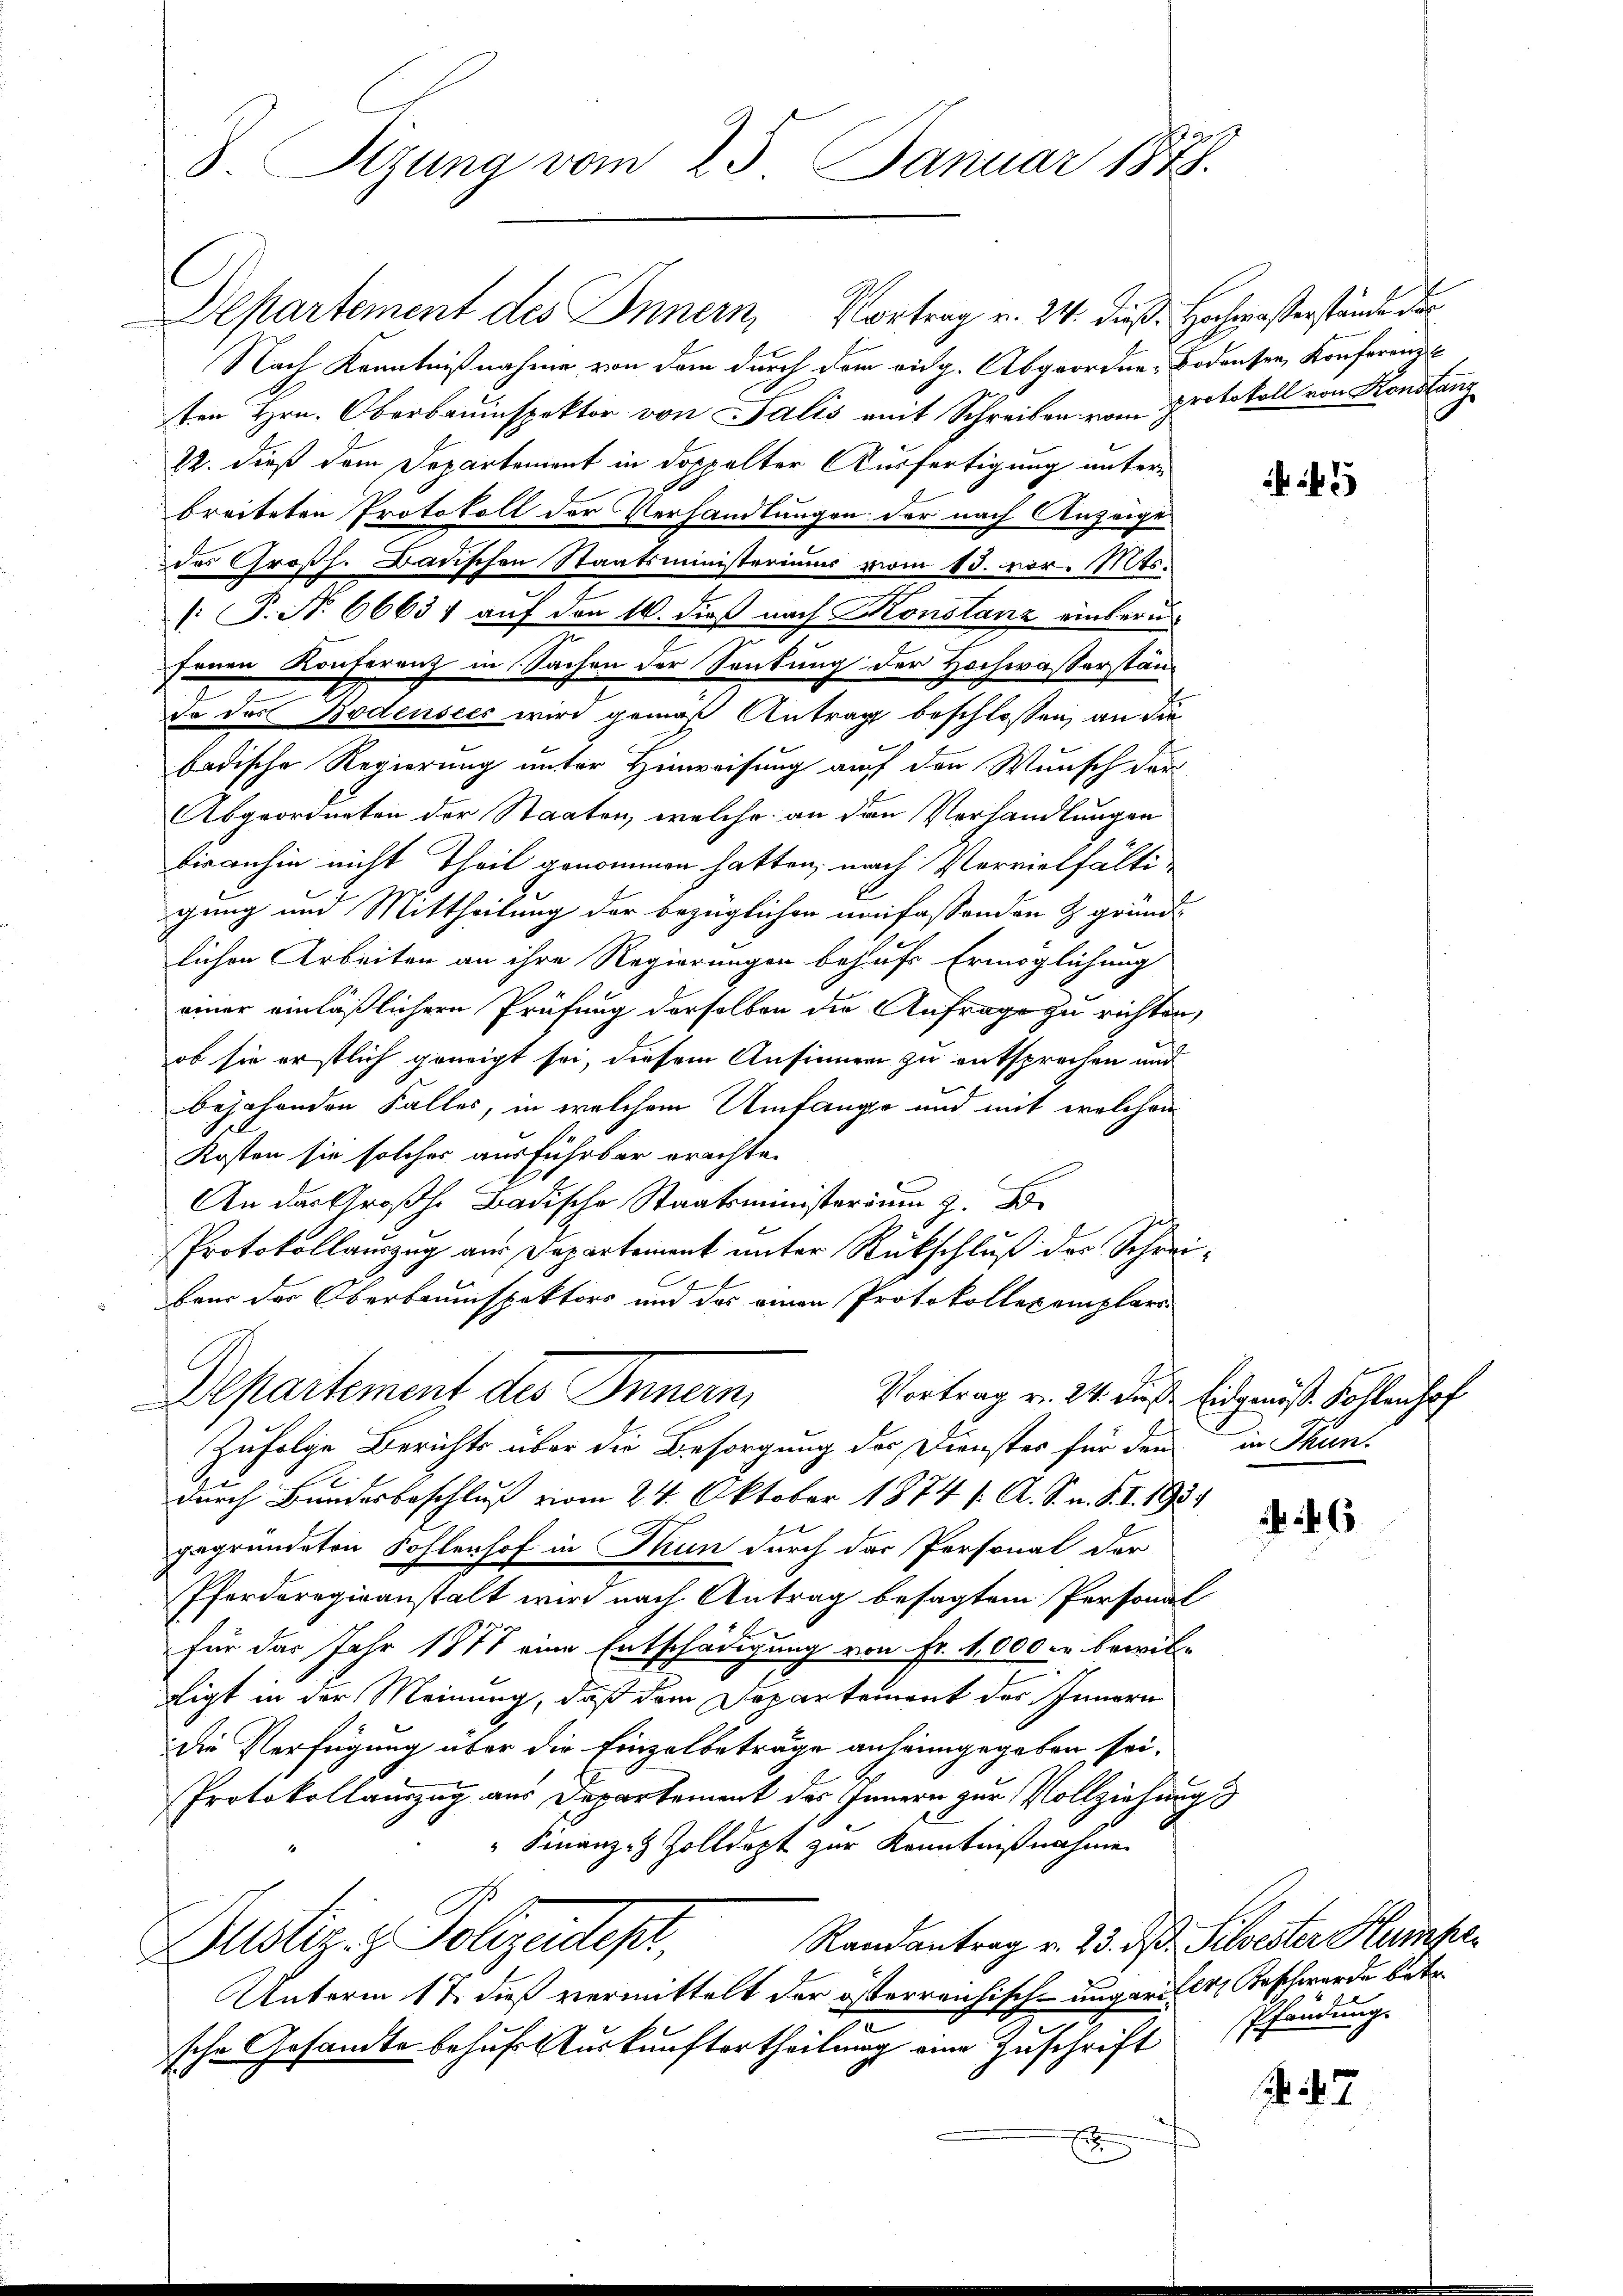
8. Sizung vom 25. Januar 1878.

Nach Kenntnißnahme von dem durch dem eidg. Abgeorden Bodensen, Konferenz
ten Hrn. Oberbauinspektor von Salis mit Schreiben vom Protokoll von Konstanz
22. dieß dem Departement in doppelter Ausfertigung unterbreiteten Protokoll der Verhandlungen der nach Anzeige
des Großh. Badischen Staatsministeriums vom 13. vor. Mts.
: P. N. 6663) auf den 10. dieß nach Konstanz eintern
fenen Konferenz in Sachen der Senkung der Hochwasserständo des Bodensees wird gemäß Antrag beschlossen, an die
badische Regierung unter Hinweisung auf den Wunsch der
Abgeordneten der Staaten, welche an den Verhandlungen
bisanhin nicht Theil genommen hatten, nach Vervielfältigung und Mittheilung der bezüglichen umfassenden Z. gründe
lichen Arbeiten an ihre Regierungen behufs Ermöglichung
einer einläßlichern Prüfung derselben die Anfrage zu richten,
ob sie erstlich geneigt sei, diesem Ansinner zu entsprechen und
bejahenden Falles, in welchem Umfange und mit welchen
Kosten sie solches ausführbar erachte.
An das Großh. Badische Staatsministerium z. B.
Protokollauszug aus Departement unter Rückschluß der Schreibair der Oberbauinspektors und das einen Protokollexemplars
Departement des Innern,
Vortrag v. 24. daß Eidgenöß. Kollenhof
Zufolge Berichts über die Besorgung des Dienstes für dem in Thun-
durch Bundesbeschluß vom 24. Oktober 1874 f. A. S. n. F. I. 193.
gegründeten Sohlenhof in Thun durch das Personal der
Pforderogieanstalt wird nach Antrag besagtem Personal
für das Jahr 1877 eine Entschädigung von Fr. 1,000. bewil-
ligt in der Meinung, daß dem Departement des Innern
die Verfügung über die Einzelbeträge anheimgegeben sei.
Protokollauszug aus Departement des Innern zur Vollziehungs
" Finanz-Z Zolldept zur Kenntnißnahme
Randantrag v. 23. d. Silvester Humper
Dustiz & Polizeidept.
Unterm 17. dieß vermittelt der österreichisch-ungarille, Beschwerde betr.
sche Gesandte behufs Auskunftertheilung eine Zuschrift
x

Departement des Innern, Vortrag v. 24. dieß: Hochmasserstände der

6.

Pfändung.

. 47